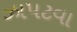
ઝાપટવા